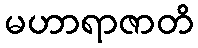
မဟာရာဇာတိ